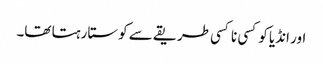
اور انڈیا کو کسی نا کسی طریقے سے کوستا رہتا تھا۔